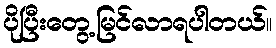
ပိုပြီးတွေ့မြင်လာရပါတယ်။